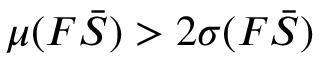
\mu ( F \bar { S } ) > 2 \sigma ( F \bar { S } )